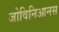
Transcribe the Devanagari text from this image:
जोविनिआनस